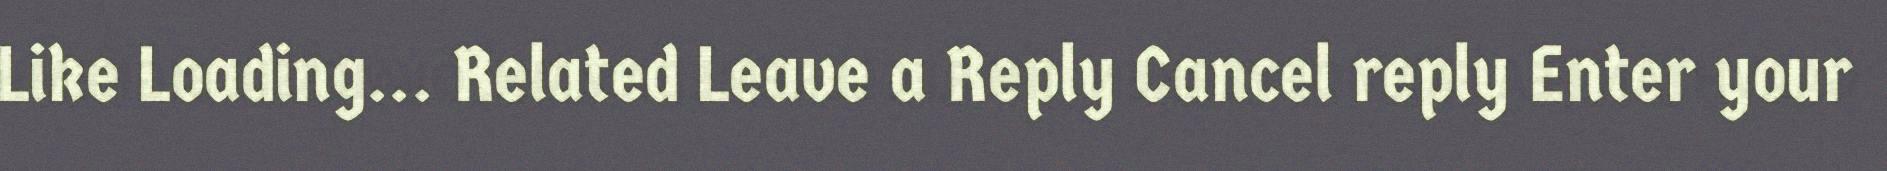
Like Loading... Related Leave a Reply Cancel reply Enter your